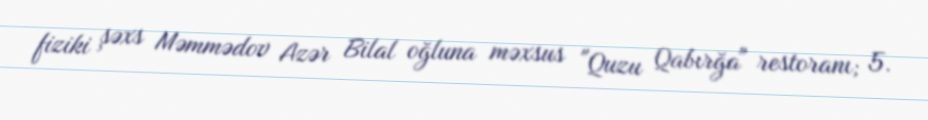
fiziki şəxs Məmmədov Azər Bilal oğluna məxsus "Quzu Qabırğa" restoranı; 5.